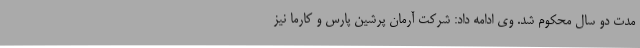
مدت دو سال محکوم شد. وی ادامه داد: شرکت آرمان پرشین پارس و کارما نیز